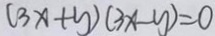
( 3 x + y ) ( 3 x - y ) = 0